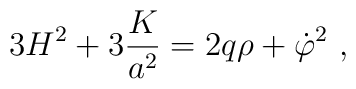
3H^2 + 3{K\over a^2} = 2 q \rho + \dot\varphi^2\ ,